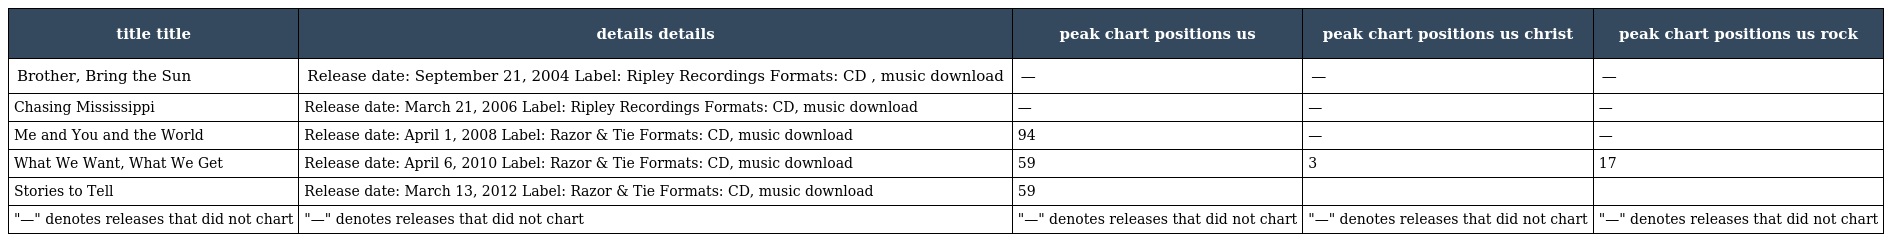
| title title | details details | peak chart positions us | peak chart positions us christ | peak chart positions us rock |
 | --- | --- | --- | --- | --- |
 | Brother, Bring the Sun | Release date: September 21, 2004 Label: Ripley Recordings Formats: CD , music download | — | — | — |
 | Chasing Mississippi | Release date: March 21, 2006 Label: Ripley Recordings Formats: CD, music download | — | — | — |
 | Me and You and the World | Release date: April 1, 2008 Label: Razor & Tie Formats: CD, music download | 94 | — | — |
 | What We Want, What We Get | Release date: April 6, 2010 Label: Razor & Tie Formats: CD, music download | 59 | 3 | 17 |
 | Stories to Tell | Release date: March 13, 2012 Label: Razor & Tie Formats: CD, music download | 59 |  |  |
 | "—" denotes releases that did not chart | "—" denotes releases that did not chart | "—" denotes releases that did not chart | "—" denotes releases that did not chart | "—" denotes releases that did not chart |